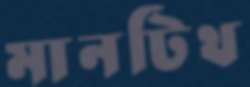
মানটিথ